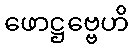
ဖောဋ္ဌဗ္ဗေဟိ